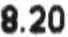
8.20